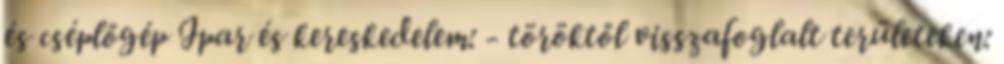
és cséplőgép Ipar és kereskedelem: - töröktől visszafoglalt területeken: